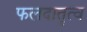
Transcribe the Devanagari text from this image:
फलदातृत्व